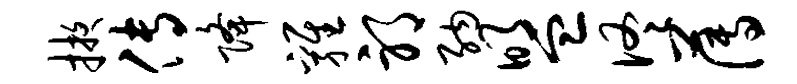
掖传降鸡邪纳盟佟薄